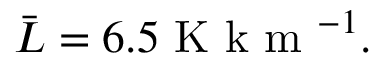
\bar { L } = 6 . 5 \mathrm { ~ K ~ k ~ m ~ } ^ { - 1 } .